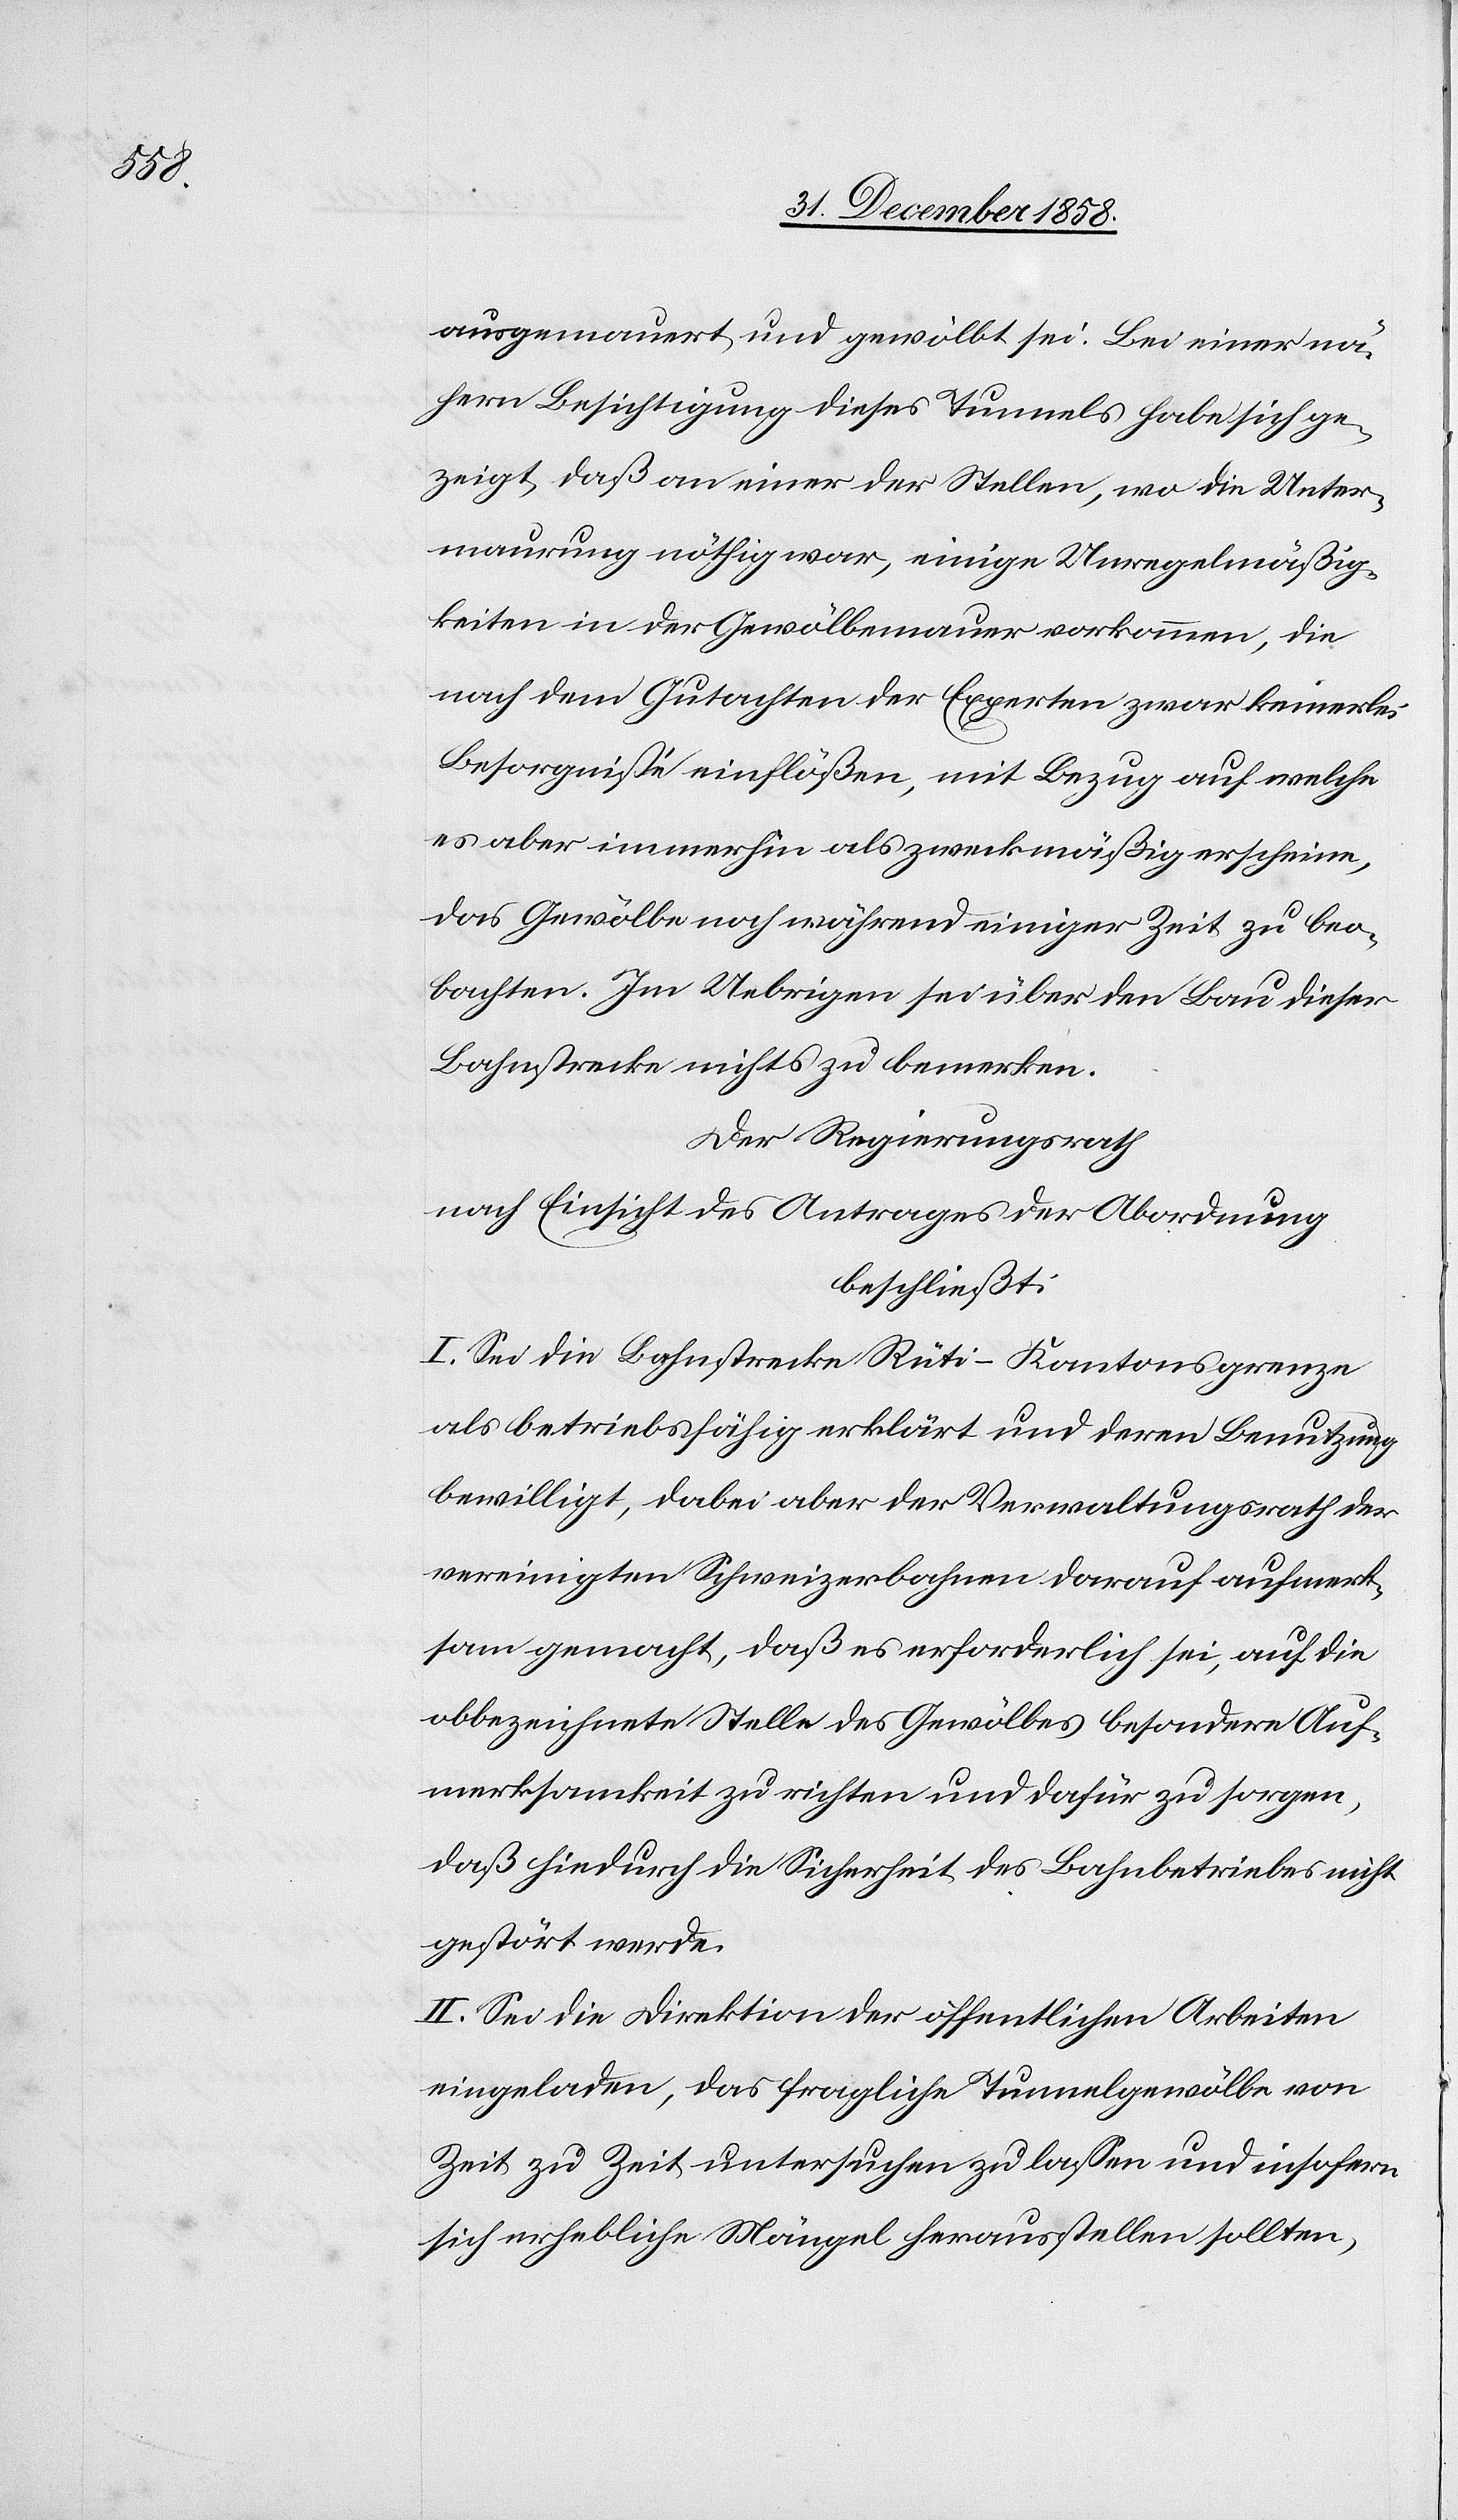
ausgemauert und gewölbt sei. Bei einer nä¬
hern Besichtigung dieses Tunnels habe sich ge¬
zeigt, daß an einer der Stellen, wo die Unter¬
maurung nöthig war, einige Unregelmäßig¬
keiten in der Gewölbemauer vorkommen, die
nach dem Gutachten der Experten zwar keinerlei
Besorgnisse einflößen, mit Bezug auf welche
es aber immerhin als zweckmäßig erscheine,
das Gewölbe noch während einiger Zeit zu beo¬
bachten. Im Uebrigen sei über den Bau dieser
Bahnstrecke nichts zu bemerken.
Der Regierungsrath
nach Einsicht des Antrages der Abordnung
beschließt:
I. Sei die Bahnstrecke Rüti–Kantonsgrenze
als betriebsfähig erklärt und deren Benutzung
bewilligt, dabei aber der Verwaltungsrath der
vereinigten Schweizerbahnen darauf aufmerk¬
sam gemacht, daß es erforderlich sei, auf die
obbezeichnete Stelle des Gewölbes besondere Auf¬
merksamkeit zu richten und dafür zu sorgen,
daß hiedurch die Sicherheit des Bahnbetriebes nicht
gestört werde.
II. Sei die Direktion der öffentlichen Arbeiten
eingeladen, das fragliche Tunnelgewölbe von
Zeit zu Zeit untersuchen zu lassen und insofern
sich erhebliche Mängel herausstellen sollten,